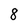
Character: 8